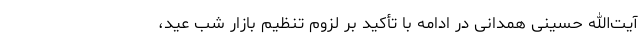
آیت‌الله حسینی همدانی در ادامه با تأکید بر لزوم تنظیم بازار شب عید،